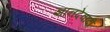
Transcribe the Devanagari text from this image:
ज्ञानदेवादी